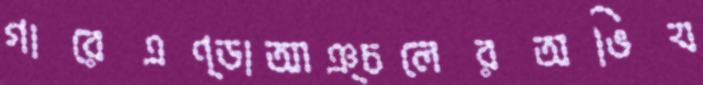
গারেএণ্ডাআঞ্চলেরঅভিয